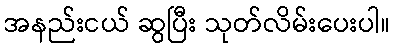
အနည်းငယ် ဆွပြီး သုတ်လိမ်းပေးပါ။